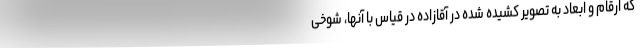
که ارقام و ابعاد به تصویر کشیده شده در آقازاده در قیاس با آنها، شوخی